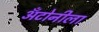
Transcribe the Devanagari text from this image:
अँटोनीला